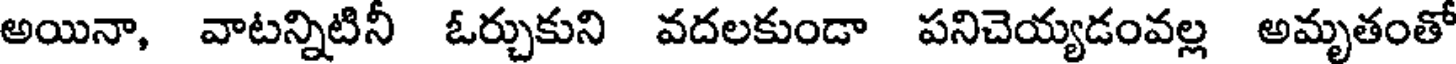
అయినా, వాటన్నిటినీ ఓర్చుకుని వదలకుండా పనిచెయ్యడంవల్ల అమృతంతో